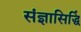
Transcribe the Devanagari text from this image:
संज्ञासिद्धिं